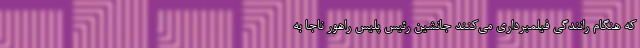
که هنگام رانندگی فیلمبرداری می‌کنند جانشین رئیس پلیس راهور ناجا به